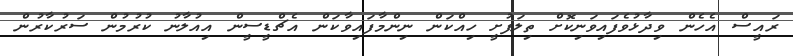
ރައީސް އެހެން ވިދާޅުވެފައިވަނިކޮށް ތިލަފުށީ ހިއްކަން ނިންމާފައިވާކަން އެޗްޑީސީން އިއުލާނު ކުރުމުން ސަރުކާރުން